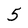
Character: 5